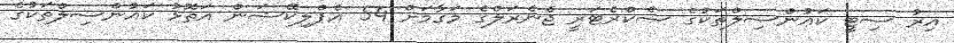
އިރު ސިޓީ ކައުންސިލްތަކުގެ ސެކްރެޓަރީ ޖެނެރަލްގެ މަގާމަށް 54 އެޕްލިކޭޝަން އަތޮޅު ކައުންސިލްތަކުގެ